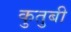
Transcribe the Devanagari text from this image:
कुतुबी